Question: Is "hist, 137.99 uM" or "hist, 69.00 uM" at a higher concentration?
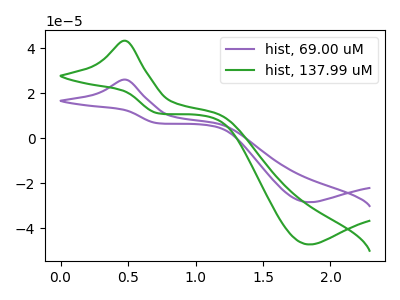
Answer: <think>The purple curve "hist, 69.00 uM" has an anodic peak at (0.50V, 26.05uA) and a cathodic peak at (1.85V, -28.35uA). The green curve "hist, 137.99 uM" has an anodic peak at (0.50V, 43.30uA) and a cathodic peak at (1.85V, -47.10uA).
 All the peaks in "hist, 137.99 uM" have a peak in "hist, 69.00 uM" at the same potential. Every peak in "hist, 137.99 uM" is higher than every peak in "hist, 69.00 uM".</think>
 <answer>"hist, 137.99 uM" has more signal than "hist, 69.00 uM" and so likely has a higher concentration.</answer>
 <eval>more_concentration</eval>